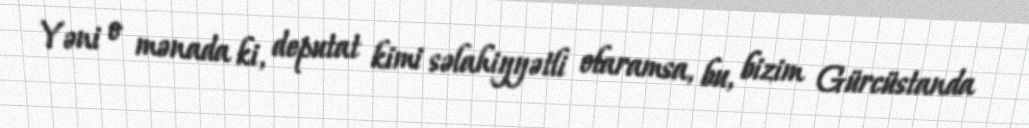
Yəni o mənada ki, deputat kimi səlahiyyətli olaramsa, bu, bizim Gürcüstanda